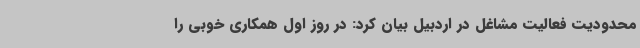
محدودیت فعالیت مشاغل در اردبیل بیان کرد: در روز اول همکاری خوبی را